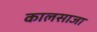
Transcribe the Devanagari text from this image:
कालसाजा